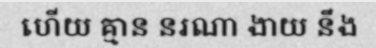
ហើយ គ្មាន នរណា ងាយ នឹង